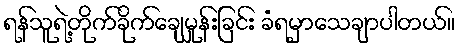
ရန်သူရဲ့တိုက်ခိုက်ချေမှုန်းခြင်း ခံရမှာသေချာပါတယ်။